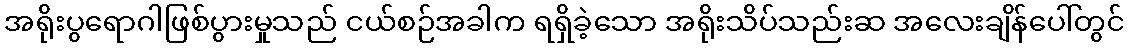
အရိုးပွရောဂါဖြစ်ပွားမှုသည် ငယ်စဉ်အခါက ရရှိခဲ့သော အရိုးသိပ်သည်းဆ အလေးချိန်ပေါ်တွင်